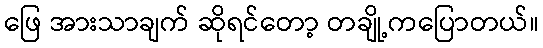
ဖြေ အားသာချက် ဆိုရင်တော့ တချို့ကပြောတယ်။